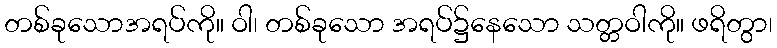
တစ်ခုသောအရပ်ကို။ ဝါ၊ တစ်ခုသော အရပ်၌နေသော သတ္တဝါကို။ ဖရိတွာ၊